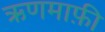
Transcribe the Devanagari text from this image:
ऋणमाफ़ी